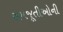
સમજૂતીઓની